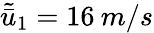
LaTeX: \tilde{\bar{u}}_{1}=16\: m/s